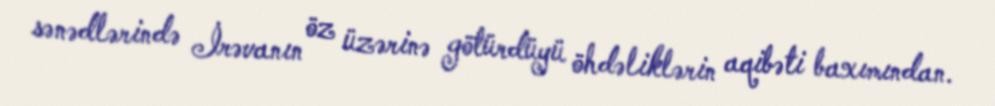
sənədlərində İrəvanın öz üzərinə götürdüyü öhdəliklərin aqibəti baxımından.